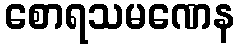
စောရသမဏေန